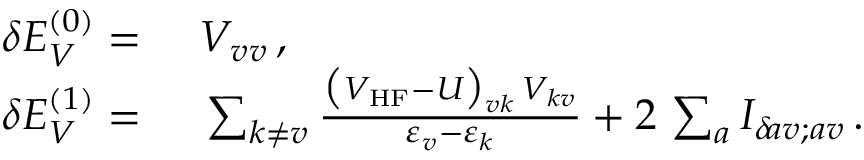
\begin{array} { r l } { \delta E _ { V } ^ { ( 0 ) } = } & { { } \ V _ { v v } \, , } \\ { \delta E _ { V } ^ { ( 1 ) } = } & { { } \ \sum _ { k \neq v } \frac { \big ( V _ { \mathrm { H F } } - U \big ) _ { v k } \, V _ { k v } } { \varepsilon _ { v } - \varepsilon _ { k } } + 2 \, \sum _ { a } I _ { \delta \! a v ; a v } \, . } \end{array}